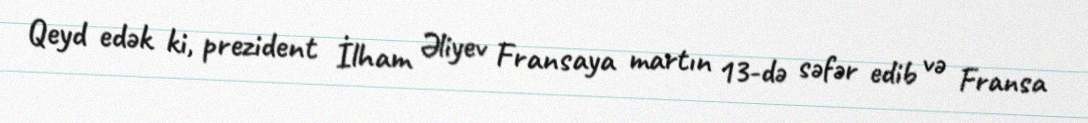
Qeyd edək ki, prezident İlham Əliyev Fransaya martın 13-də səfər edib və Fransa